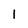
Character: 1